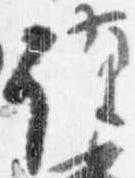
謹